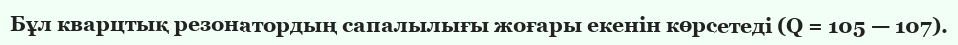
Бұл кварцтық резонатордың сапалылығы жоғары екенін көрсетеді (Q = 105 — 107).